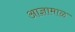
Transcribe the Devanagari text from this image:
आज्ञामाळ